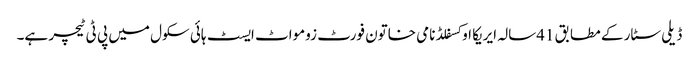
ڈیلی سٹار کے مطابق 41سالہ ایریکا اوکسفلڈ نامی خاتون فورٹ زومواٹ ایسٹ ہائی سکول میں پی ٹی ٹیچر ہے۔